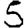
Digit: 5